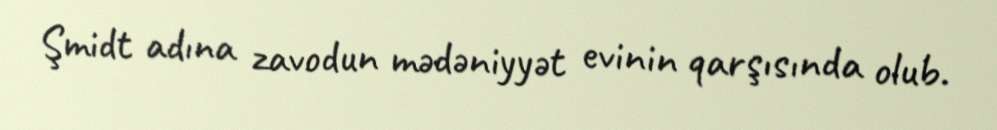
Şmidt adına zavodun mədəniyyət evinin qarşısında olub.